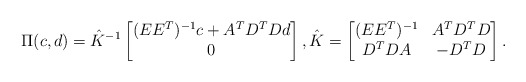
\begin{align*}\Pi(c,d)= \hat K^{-1}\begin{bmatrix}(EE^T)^{-1}c + A^TD^TDd \\ 0\end{bmatrix}, \hat K = \begin{bmatrix}(EE^T)^{-1} & A^TD^TD \\D^TDA & -D^TD\end{bmatrix}.\end{align*}